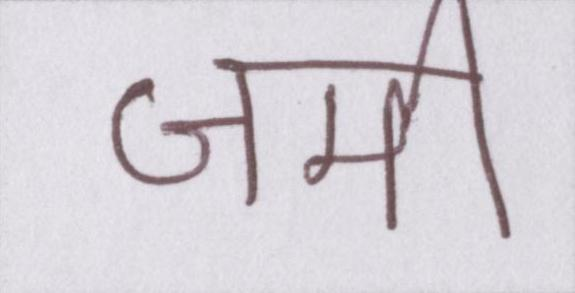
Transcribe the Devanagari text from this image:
जमी